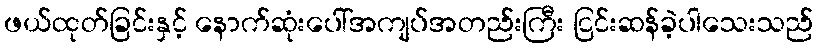
ဖယ်ထုတ်ခြင်းနှင့် နောက်ဆုံးပေါ်အကျပ်အတည်းကြီး ငြင်းဆန်ခဲ့ပါသေးသည်